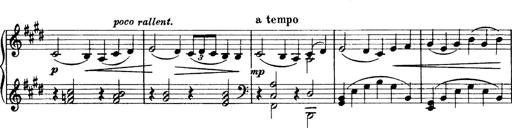
Title: 3 Sonatinas, Op.67
Composer: Jean Sibelius